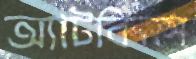
অ্যাটকিনস